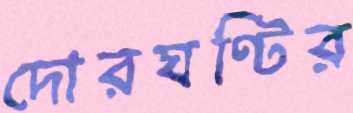
দোরঘণ্টির